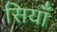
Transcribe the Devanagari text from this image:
सियाँ